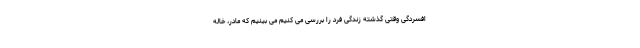
افسردگی وقتی گذشته زندگی فرد را بررسی می کنیم می بینیم که مادر، خاله